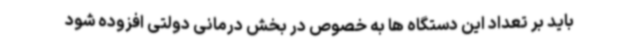
باید بر تعداد این دستگاه ها به خصوص در بخش درمانی دولتی افزوده شود